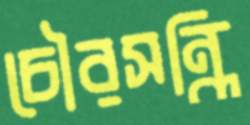
চৌরসন্ধি